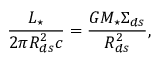
{ \frac { L _ { \star } } { 2 \pi R _ { d s } ^ { 2 } c } } = { \frac { G M _ { \star } \Sigma _ { d s } } { R _ { d s } ^ { 2 } } } ,